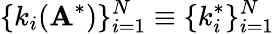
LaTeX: \{ k_{i}(\mathbf{A}^{*})\} _{i=1}^{N}\equiv\{ k_{i}^{*}\} _{i=1}^{N}